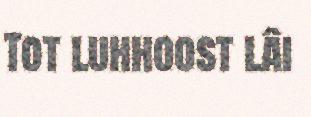
Tot luhhoost lâi